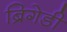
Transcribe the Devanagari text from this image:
ब्रिगेडी